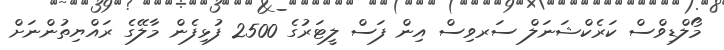
މޯލްޑިވްސް ކަރެކްޝަނަލް ސަރވިސް އިން ފަސް ލީޓަރުގެ 2500 ފުޅިފެން މާލޭގެ ރައްޔިތުންނަށް